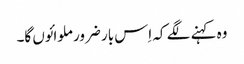
وہ کہنے لگے کہ اِس بار ضرور ملوائوں گا۔